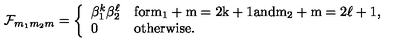
{ \cal F } _ { m _ { 1 } m _ { 2 } m } = \left\{ \begin{array} { l l } { \beta _ { 1 } ^ { k } \beta _ { 2 } ^ { \ell } } & { \mathrm { f o r m _ 1 + m = 2 k + 1 a n d m _ 2 + m = 2 \ell + 1 , } } \\ { 0 } & { \mathrm { o t h e r w i s e . } } \\ \end{array} \right.